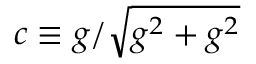
c \equiv g / \sqrt { g ^ { 2 } + g ^ { 2 } }